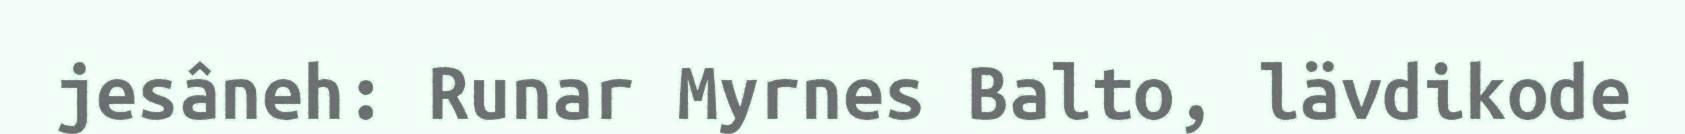
jesâneh: Runar Myrnes Balto, lävdikode